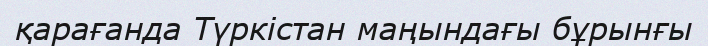
қарағанда Түркістан маңындағы бұрынғы